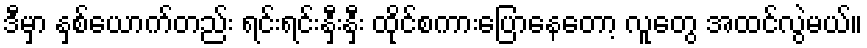
ဒီမှာ နှစ်ယောက်တည်း ရင်းရင်းနှီးနှီး ထိုင်စကားပြောနေတော့ လူတွေ အထင်လွဲမယ်။